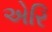
એરિ